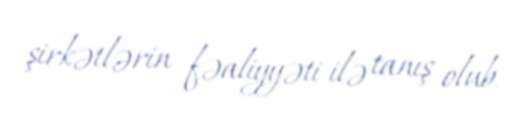
şirkətlərin fəaliyyəti ilə tanış olub.